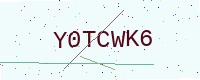
Text: Y0TCWK6